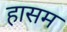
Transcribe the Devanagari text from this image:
हासम